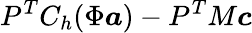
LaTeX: P^{T}C_{h}(\Phi\boldsymbol{a})-P^{T}M\boldsymbol{c}